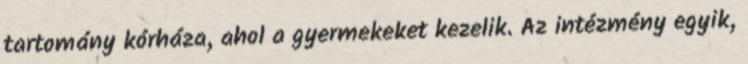
tartomány kórháza, ahol a gyermekeket kezelik. Az intézmény egyik,